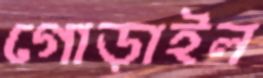
গোড়াইল